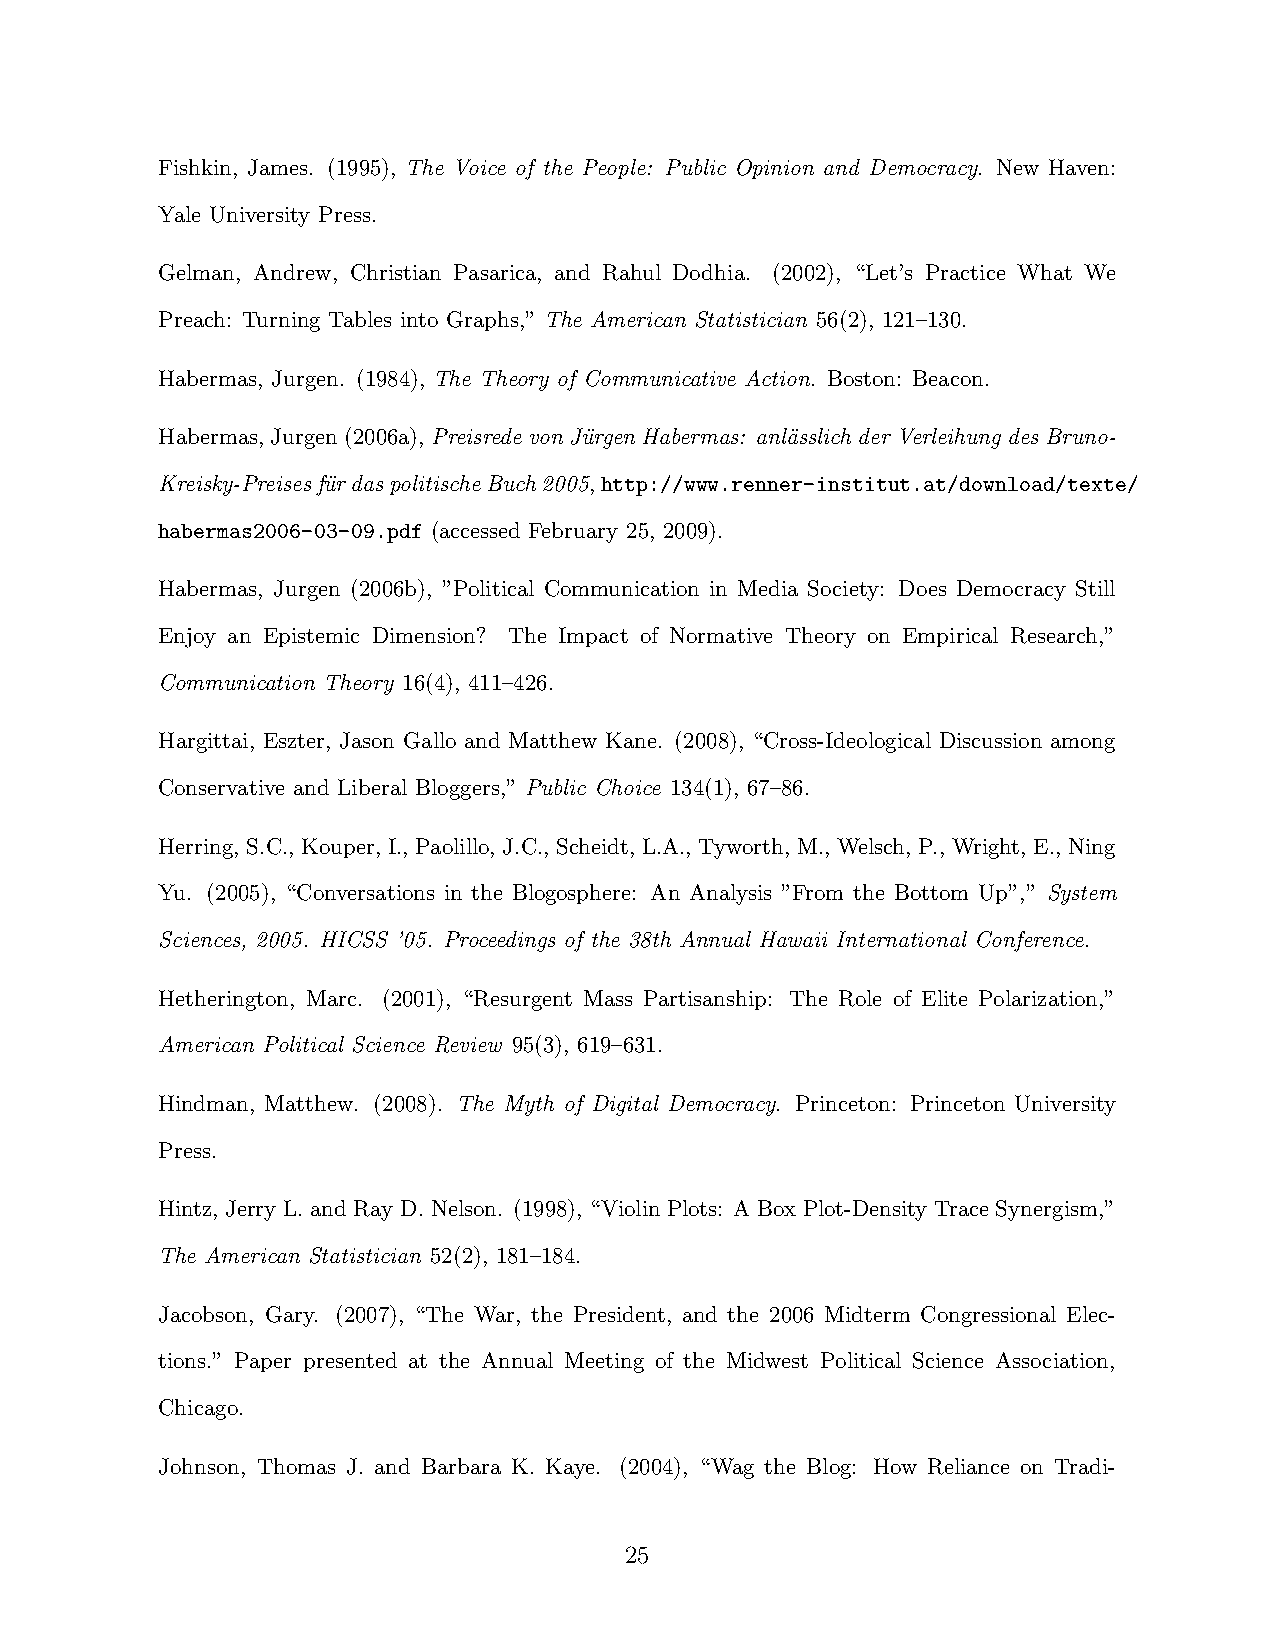
Fishkin, James. (1995), The Voice of the People: Public Opinion and Democracy. New Haven:
 Yale University Press.
 Gelman, Andrew, Christian Pasarica, and Rahul Dodhia. (2002), “Let’s Practice What We
 Preach: Turning Tables into Graphs,” The American Statistician 56(2), 121–130.
 Habermas, Jurgen. (1984), The Theory of Communicative Action. Boston: Beacon.
 Habermas,Jurgen(2006a),Preisrede von Ju¨rgen Habermas: anl¨asslich der Verleihung des Bruno-
 Kreisky-Preisesfu¨rdaspolitischeBuch2005,http://www.renner-institut.at/download/texte/
 habermas2006-03-09.pdf (accessed February 25, 2009).
 Habermas, Jurgen (2006b), ”Political Communication in Media Society: Does Democracy Still
 Enjoy an Epistemic Dimension? The Impact of Normative Theory on Empirical Research,”
 Communication Theory 16(4), 411–426.
 Hargittai, Eszter, Jason Gallo and Matthew Kane. (2008), “Cross-Ideological Discussion among
 Conservative and Liberal Bloggers,” Public Choice 134(1), 67–86.
 Herring, S.C., Kouper, I., Paolillo, J.C., Scheidt, L.A., Tyworth, M., Welsch, P., Wright, E., Ning
 Yu. (2005), “Conversations in the Blogosphere: An Analysis ”From the Bottom Up”,” System
 Sciences, 2005. HICSS ’05. Proceedings of the 38th Annual Hawaii International Conference.
 Hetherington, Marc. (2001), “Resurgent Mass Partisanship: The Role of Elite Polarization,”
 American Political Science Review 95(3), 619–631.
 Hindman, Matthew. (2008). The Myth of Digital Democracy. Princeton: Princeton University
 Press.
 Hintz, Jerry L. and Ray D. Nelson. (1998), “Violin Plots: A Box Plot-Density Trace Synergism,”
 The American Statistician 52(2), 181–184.
 Jacobson, Gary. (2007), “The War, the President, and the 2006 Midterm Congressional Elec-
 tions.” Paper presented at the Annual Meeting of the Midwest Political Science Association,
 Chicago.
 Johnson, Thomas J. and Barbara K. Kaye. (2004), “Wag the Blog: How Reliance on Tradi-
 25